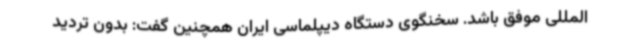
المللی موفق باشد. سخنگوی دستگاه دیپلماسی ایران همچنین گفت: بدون تردید